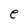
Character: e